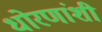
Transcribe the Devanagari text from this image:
धोरणांशी